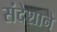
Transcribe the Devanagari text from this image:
संदेशाने